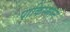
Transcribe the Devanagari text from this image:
पाकिस्त्तान